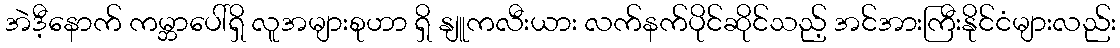
အဲဒီ့နောက် ကမ္ဘာပေါ်ရှိ လူအများစုဟာ ရှိ နျူကလီးယား လက်နက်ပိုင်ဆိုင်သည့် အင်အားကြီးနိုင်ငံများလည်း